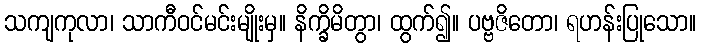
သကျကုလာ၊ သာကီဝင်မင်းမျိုးမှ။ နိက္ခိမိတွာ၊ ထွက်၍။ ပဗ္ဗဇိတော၊ ရဟန်းပြုသော။